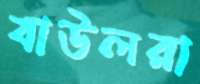
বাউলরা